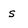
Character: s